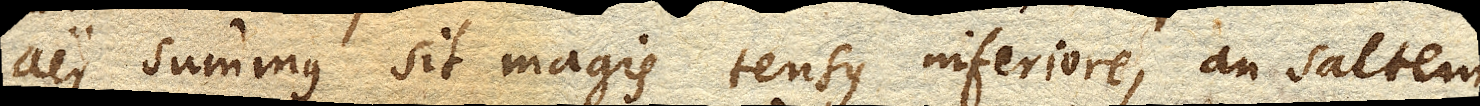
aer summus sit magis tensus inferiore, an saltem